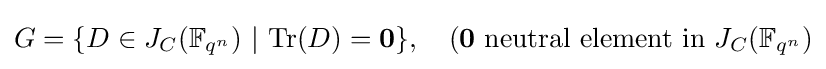
G=\{D\in J_{C}(\mathbb {F} _{q^{n}})~|~{\text{Tr}}(D)={\textbf {0}}\},~~~({\textbf {0}}{\text{ neutral element in }}J_{C}(\mathbb {F} _{q^{n}})